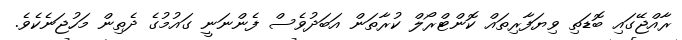
ރާއްޖޭގައި ބޮޑަތި ވިޔަފާރިތައް ކޮންޓްރޯލް ކުރާތަން އަބަދުވެސް ފެންނަނީ ގައުމުގެ ދެތިން މަހުޖަނެކެވެ.